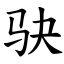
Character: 𫘝